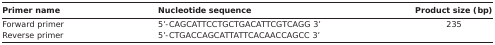
<table><thead><tr><td><b>Primer name</b></td><td><b>Nucleotide sequence</b></td><td><b>Product size (bp)</b></td></tr></thead><tbody><tr><td>Forward primer</td><td>5’-CAGCATTCCTGCTGACATTCGTCAGG 3’</td><td>235</td></tr><tr><td>Reverse primer</td><td>5’-CTGACCAGCATTATTCACAACCAGCC 3’</td><td></td></tr></tbody></table>